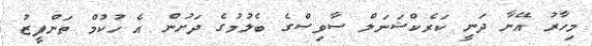
މިހާރު އޭނާ ދަނީ ކަރެކްޝަނަލް ސާވިސްގެ ބެލުމުގެ ދަށުން އެ ހުކުމް ތަންފީޒު